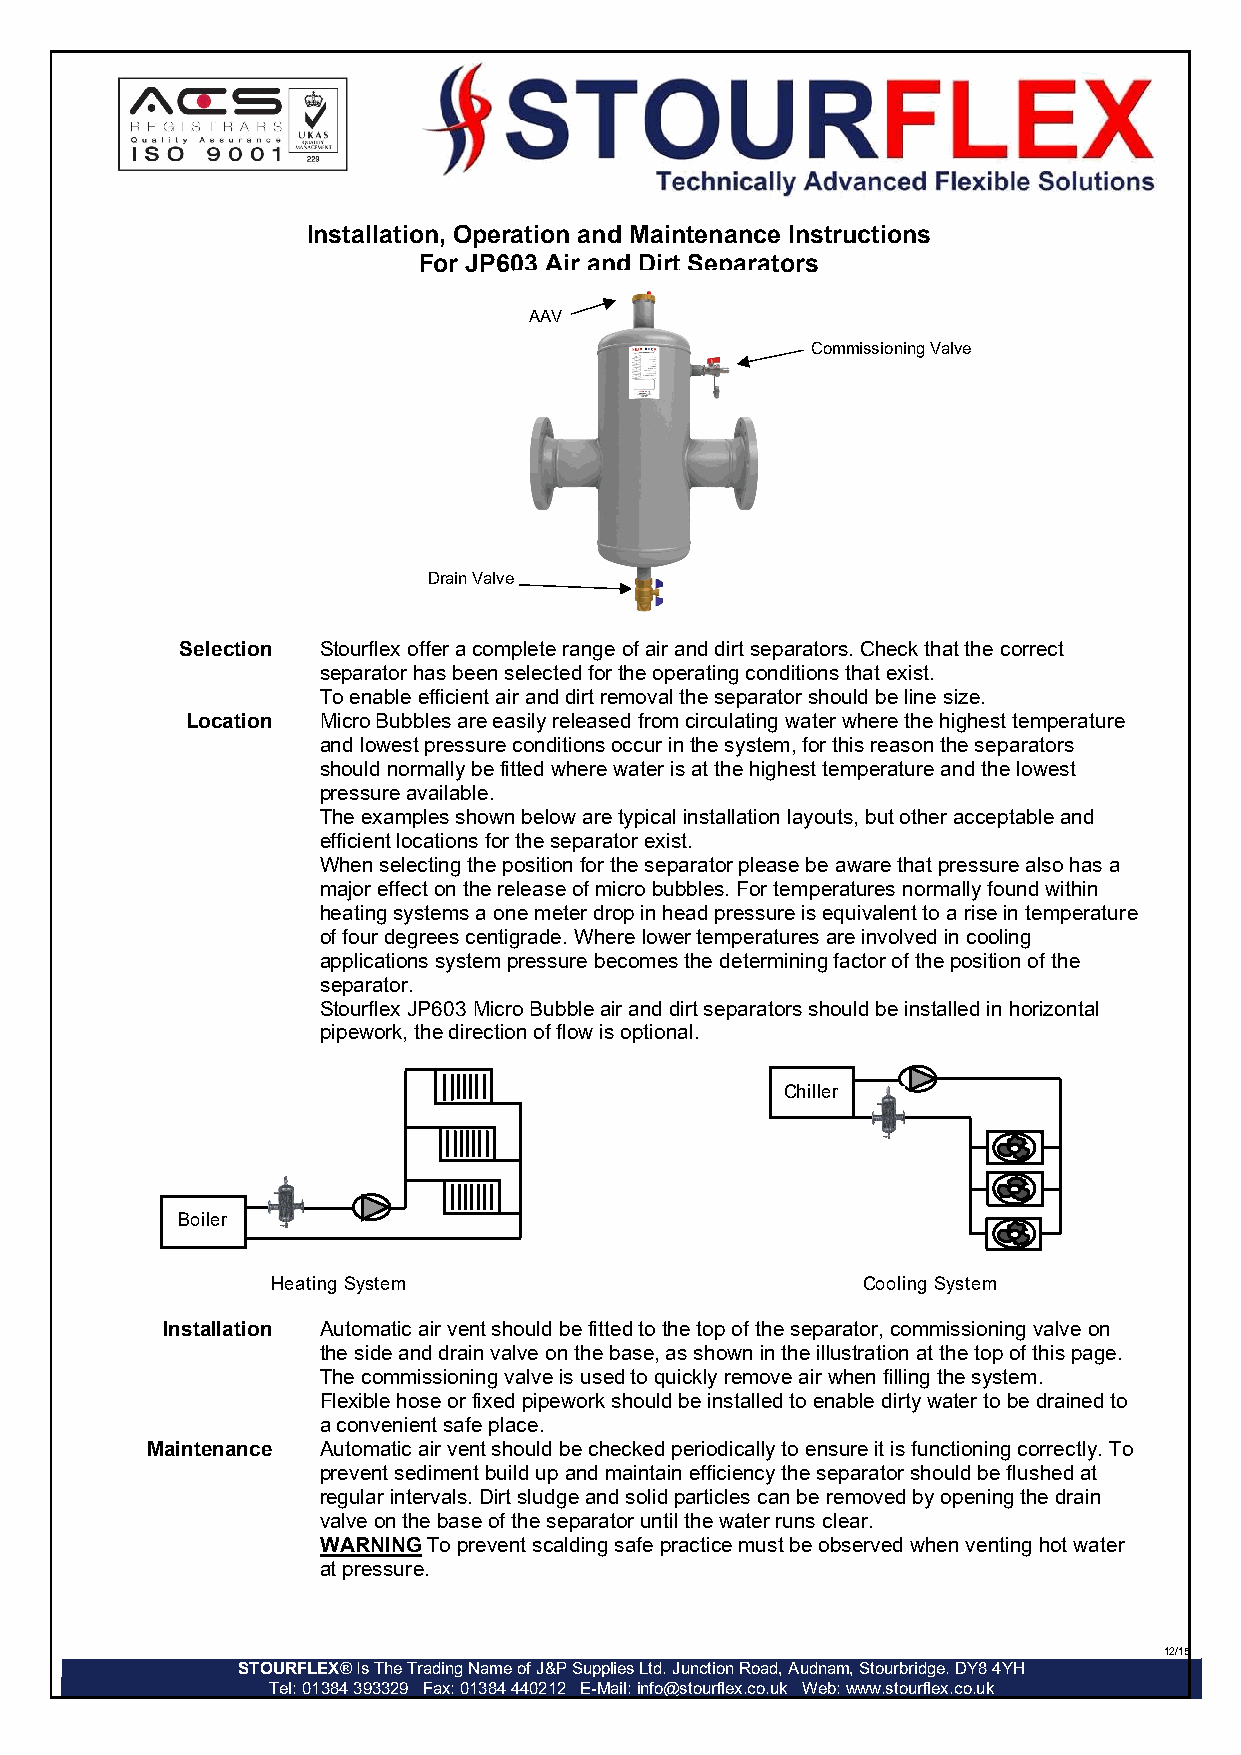
Installation, Operation and Maintenance Instructions
 For JP603 Air and Dirt Separators
 AAV
 Commissioning Valve
 Drain Valve
 Selection Stourflex offer a complete range of air and dirt separators. Check that the correct
 separator has been selected for the operating conditions that exist.
 To enable efficient air and dirt removal the separator should be line size.
 Location Micro Bubbles are easily released from circulating water where the highest temperature
 and lowest pressure conditions occur in the system, for this reason the separators
 should normally be fitted where water is at the highest temperature and the lowest
 pressure available.
 The examples shown below are typical installation layouts, but other acceptable and
 efficient locations for the separator exist.
 When selecting the position for the separator please be aware that pressure also has a
 major effect on the release of micro bubbles. For temperatures normally found within
 heating systems a one meter drop in head pressure is equivalent to a rise in temperature
 of four degrees centigrade. Where lower temperatures are involved in cooling
 applications system pressure becomes the determining factor of the position of the
 separator.
 Stourflex JP603 Micro Bubble air and dirt separators should be installed in horizontal
 pipework, the direction of flow is optional.
 Chiller
 Boiler
 Heating System                         Cooling System
 Installation Automatic air vent should be fitted to the top of the separator, commissioning valve on
 the side and drain valve on the base, as shown in the illustration at the top of this page.
 The commissioning valve is used to quickly remove air when filling the system.
 Flexible hose or fixed pipework should be installed to enable dirty water to be drained to
 a convenient safe place.
 Maintenance Automatic air vent should be checked periodically to ensure it is functioning correctly. To
 prevent sediment build up and maintain efficiency the separator should be flushed at
 regular intervals. Dirt sludge and solid particles can be removed by opening the drain
 valve on the base of the separator until the water runs clear.
 WARNING To prevent scalding safe practice must be observed when venting hot water
 at pressure.
 12/15
 STOURFLEX® Is The Trading Name of J&P Supplies Ltd. Junction Road, Audnam, Stourbridge. DY8 4YH
 Tel: 01384 393329 Fax: 01384 440212 E-Mail: info@stourflex.co.uk Web: www.stourflex.co.uk